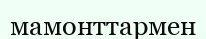
мамонттармен